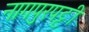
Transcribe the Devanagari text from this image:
नागपुरपट्टी